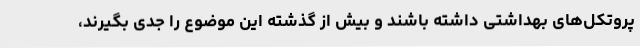
پروتکل‌های بهداشتی داشته باشند و بیش از گذشته این موضوع را جدی بگیرند،